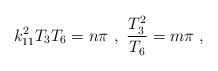
LaTeX: \begin{align*}k_{11}^2 T_3 T_6 = n \pi \ , \ {T_3^2 \over T_6}=m \pi \ , \end{align*}